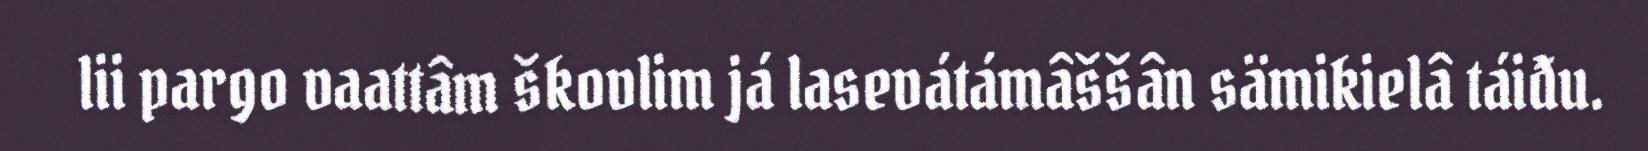
lii pargo vaattâm škovlim já lasevátámâššân sämikielâ táiđu.